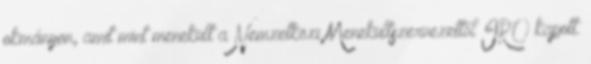
okmányon, amit mint menekült a Nemzetközi Menekültszervezettől IRO kapott.